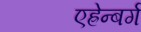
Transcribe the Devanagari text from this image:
एह्रेन्बर्ग